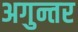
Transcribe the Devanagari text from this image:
अगुन्तर